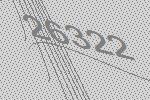
26322